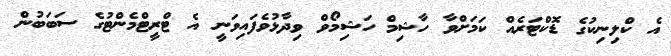
އެ ކްލިނިކުގެ ޑޮކްޓަރެއް ކަމަށްވާ ހާޝިމް ހަޝިމޯވް ވިދާޅުވެފައިވަނީ އެ ޓްރީޓްމެންޓުގެ ސަބަބުން